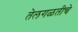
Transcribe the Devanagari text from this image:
तेलगळतीचे